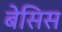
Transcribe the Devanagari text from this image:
बेसिस